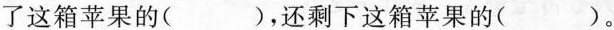
了这箱苹果的（ ），还剩下这箱苹果的（ ）。